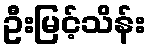
ဦးမြင့်သိန်း